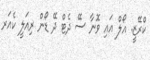
ކްރޭޒީ. އޯލް އައި ވޮނާ ސޭ ދެޓް ދޭ ޑޯން ރިއަލީ ކެއަރ